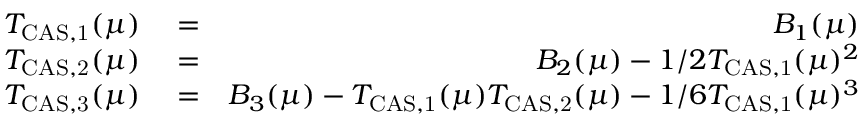
\begin{array} { r l r } { T _ { \mathrm { C A S , 1 } } ( \mu ) } & { { } = } & { B _ { 1 } ( \mu ) } \\ { T _ { \mathrm { C A S , 2 } } ( \mu ) } & { { } = } & { B _ { 2 } ( \mu ) - 1 / 2 T _ { \mathrm { C A S , 1 } } ( \mu ) ^ { 2 } } \\ { T _ { \mathrm { C A S , 3 } } ( \mu ) } & { { } = } & { B _ { 3 } ( \mu ) - T _ { \mathrm { C A S , 1 } } ( \mu ) T _ { \mathrm { C A S , 2 } } ( \mu ) - 1 / 6 T _ { \mathrm { C A S , 1 } } ( \mu ) ^ { 3 } } \end{array}